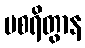
ပစရိတွာန